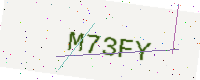
Text: M73FY